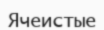
Ячеистые